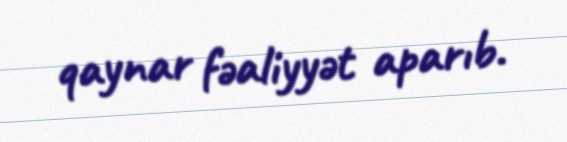
qaynar fəaliyyət aparıb.